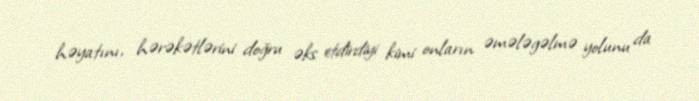
həyatını, hərəkətlərini doğru əks etdirdiyi kimi onların əmələgəlmə yolunu da